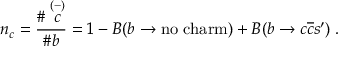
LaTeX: n _ { c } = \frac { \# \stackrel { ( - ) } { c } } { \# b } = 1 - B ( b \rightarrow \mathrm { n o } \; \mathrm { c h a r m } ) + B ( b \rightarrow c \overline { { c } } s ^ { \prime } ) \; .